Vaccination in Bombay 1856-1862 - 1856-1862
Year: 1856
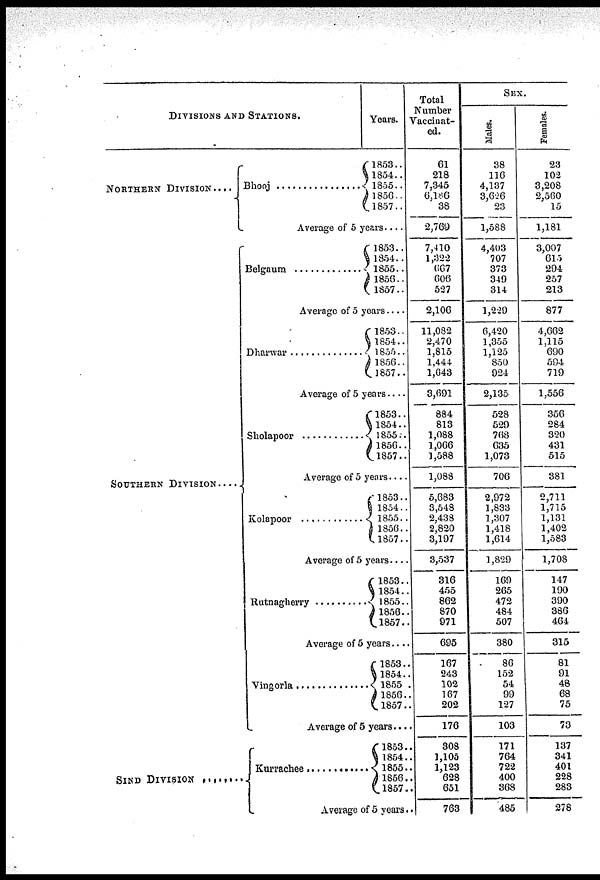
DIVISIONS AND STATIONS.
NORTHERN DIVISION....
SOUTHERN DIVISION
SIND DIVISION
.....
Bhooj .............
Years.
1853..
1854..
1855..
1856..
1857..
Average of 5 years .....
Belgaum ..............
1853..
1854..
1855..
1856..
1857..
Average of 5 years....
Dharwar ...............
1853..
1854..
1855..
1856..
1857..
Average of 5 years....
Sholapoor ...........
1853..
1854..
1855..
1856..
1857..
Average of 5 years....
Kolapoor ............
1853..
1854..
1855..
1856..
1857..
Average of 5 years....
Rutnagherry
1853..
1854 ..
1855..
1856..
1857..
Average of 5 years....
Vingorla .............
1853..
1854..
1855 .
1856..
1857..
Average of 5 years...
Kurrachee ..........
1853..
1854..
1855..
1856 ..
1857 ..
Average of 5 years.
Total
Number
Vaccinat-
ed.
61
218
7,345
6,186
38
2,769
7,410
1,322
667
606
527
2,106
11,082
2,470
1,815
1,444
1,643
3,691
884
813
1,088
1,066
1,588
1,088
5,683
3,548
2,438
2,820
3,197
3,537
316
455
862
870
971
695
167
243
102
167
202
176
308
1,105
1,123
628
651
763
SEX.
Males.
38
116
4,137
3,626
23
1,588
4,403
707
373
349
314
1,229
6,420
1,355
1,125
850
924
2,135
528
529
768
635
1,073
706
2,972
1,833
1,307
1,418
1,614
1,829
169
265
472
484
507
380
86
152
54
99
127
103
171
764
722
400
368
485
Females.
23
102
3,208
2,560
15
1,181
3,007
615
294
257
213
877
4,662
1,115
690
594
719
1,556
356
284
320
431
515
381
2,711
1,715
1,131
1,402
1,583
1,708
147
190
390
386
464
315
81
91
48
68
75
73
137
341
401
228
283
278